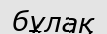
бұлақ